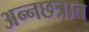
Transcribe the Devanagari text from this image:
अन्नछत्रात